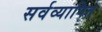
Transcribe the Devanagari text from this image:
सर्वव्यापित